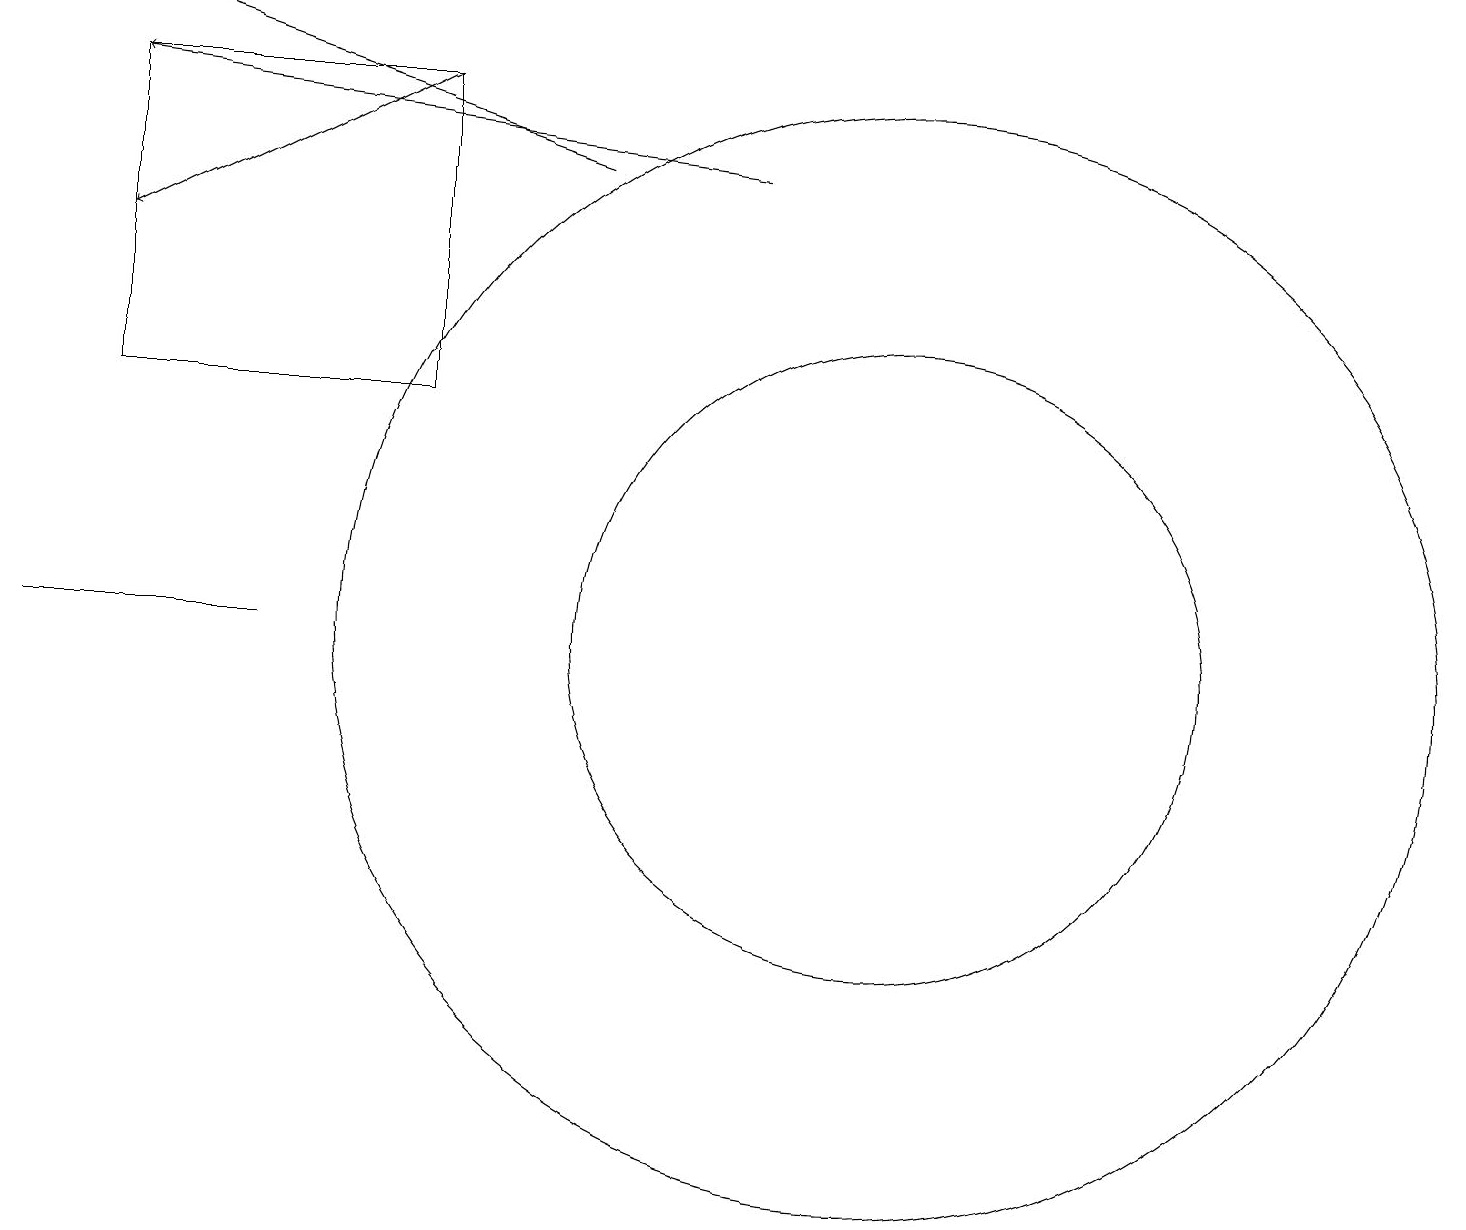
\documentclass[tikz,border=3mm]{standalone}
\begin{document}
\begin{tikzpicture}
\draw[->] (5,17) -- (1,15);
\draw (11,10) circle (4);
\draw (11,10) circle (7);
\draw[->] (7,16) -- (1,18);
\draw (1,13) rectangle (5,17);
\draw (0,10) rectangle (3,10);
\draw[->] (9,16) -- (1,17);
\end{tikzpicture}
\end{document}